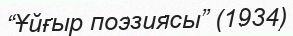
“Ұйғыр поэзиясы” (1934)